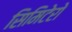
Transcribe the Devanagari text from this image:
सिमिटेरो